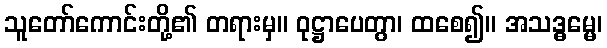
သူတော်ကောင်းတို့၏ တရားမှ။ ဝုဋ္ဌာပေတွာ၊ ထစေ၍။ အသဒ္ဓမ္မေ၊